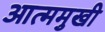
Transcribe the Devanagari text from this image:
आत्ममुखी